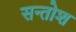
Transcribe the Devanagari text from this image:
सन्तोश